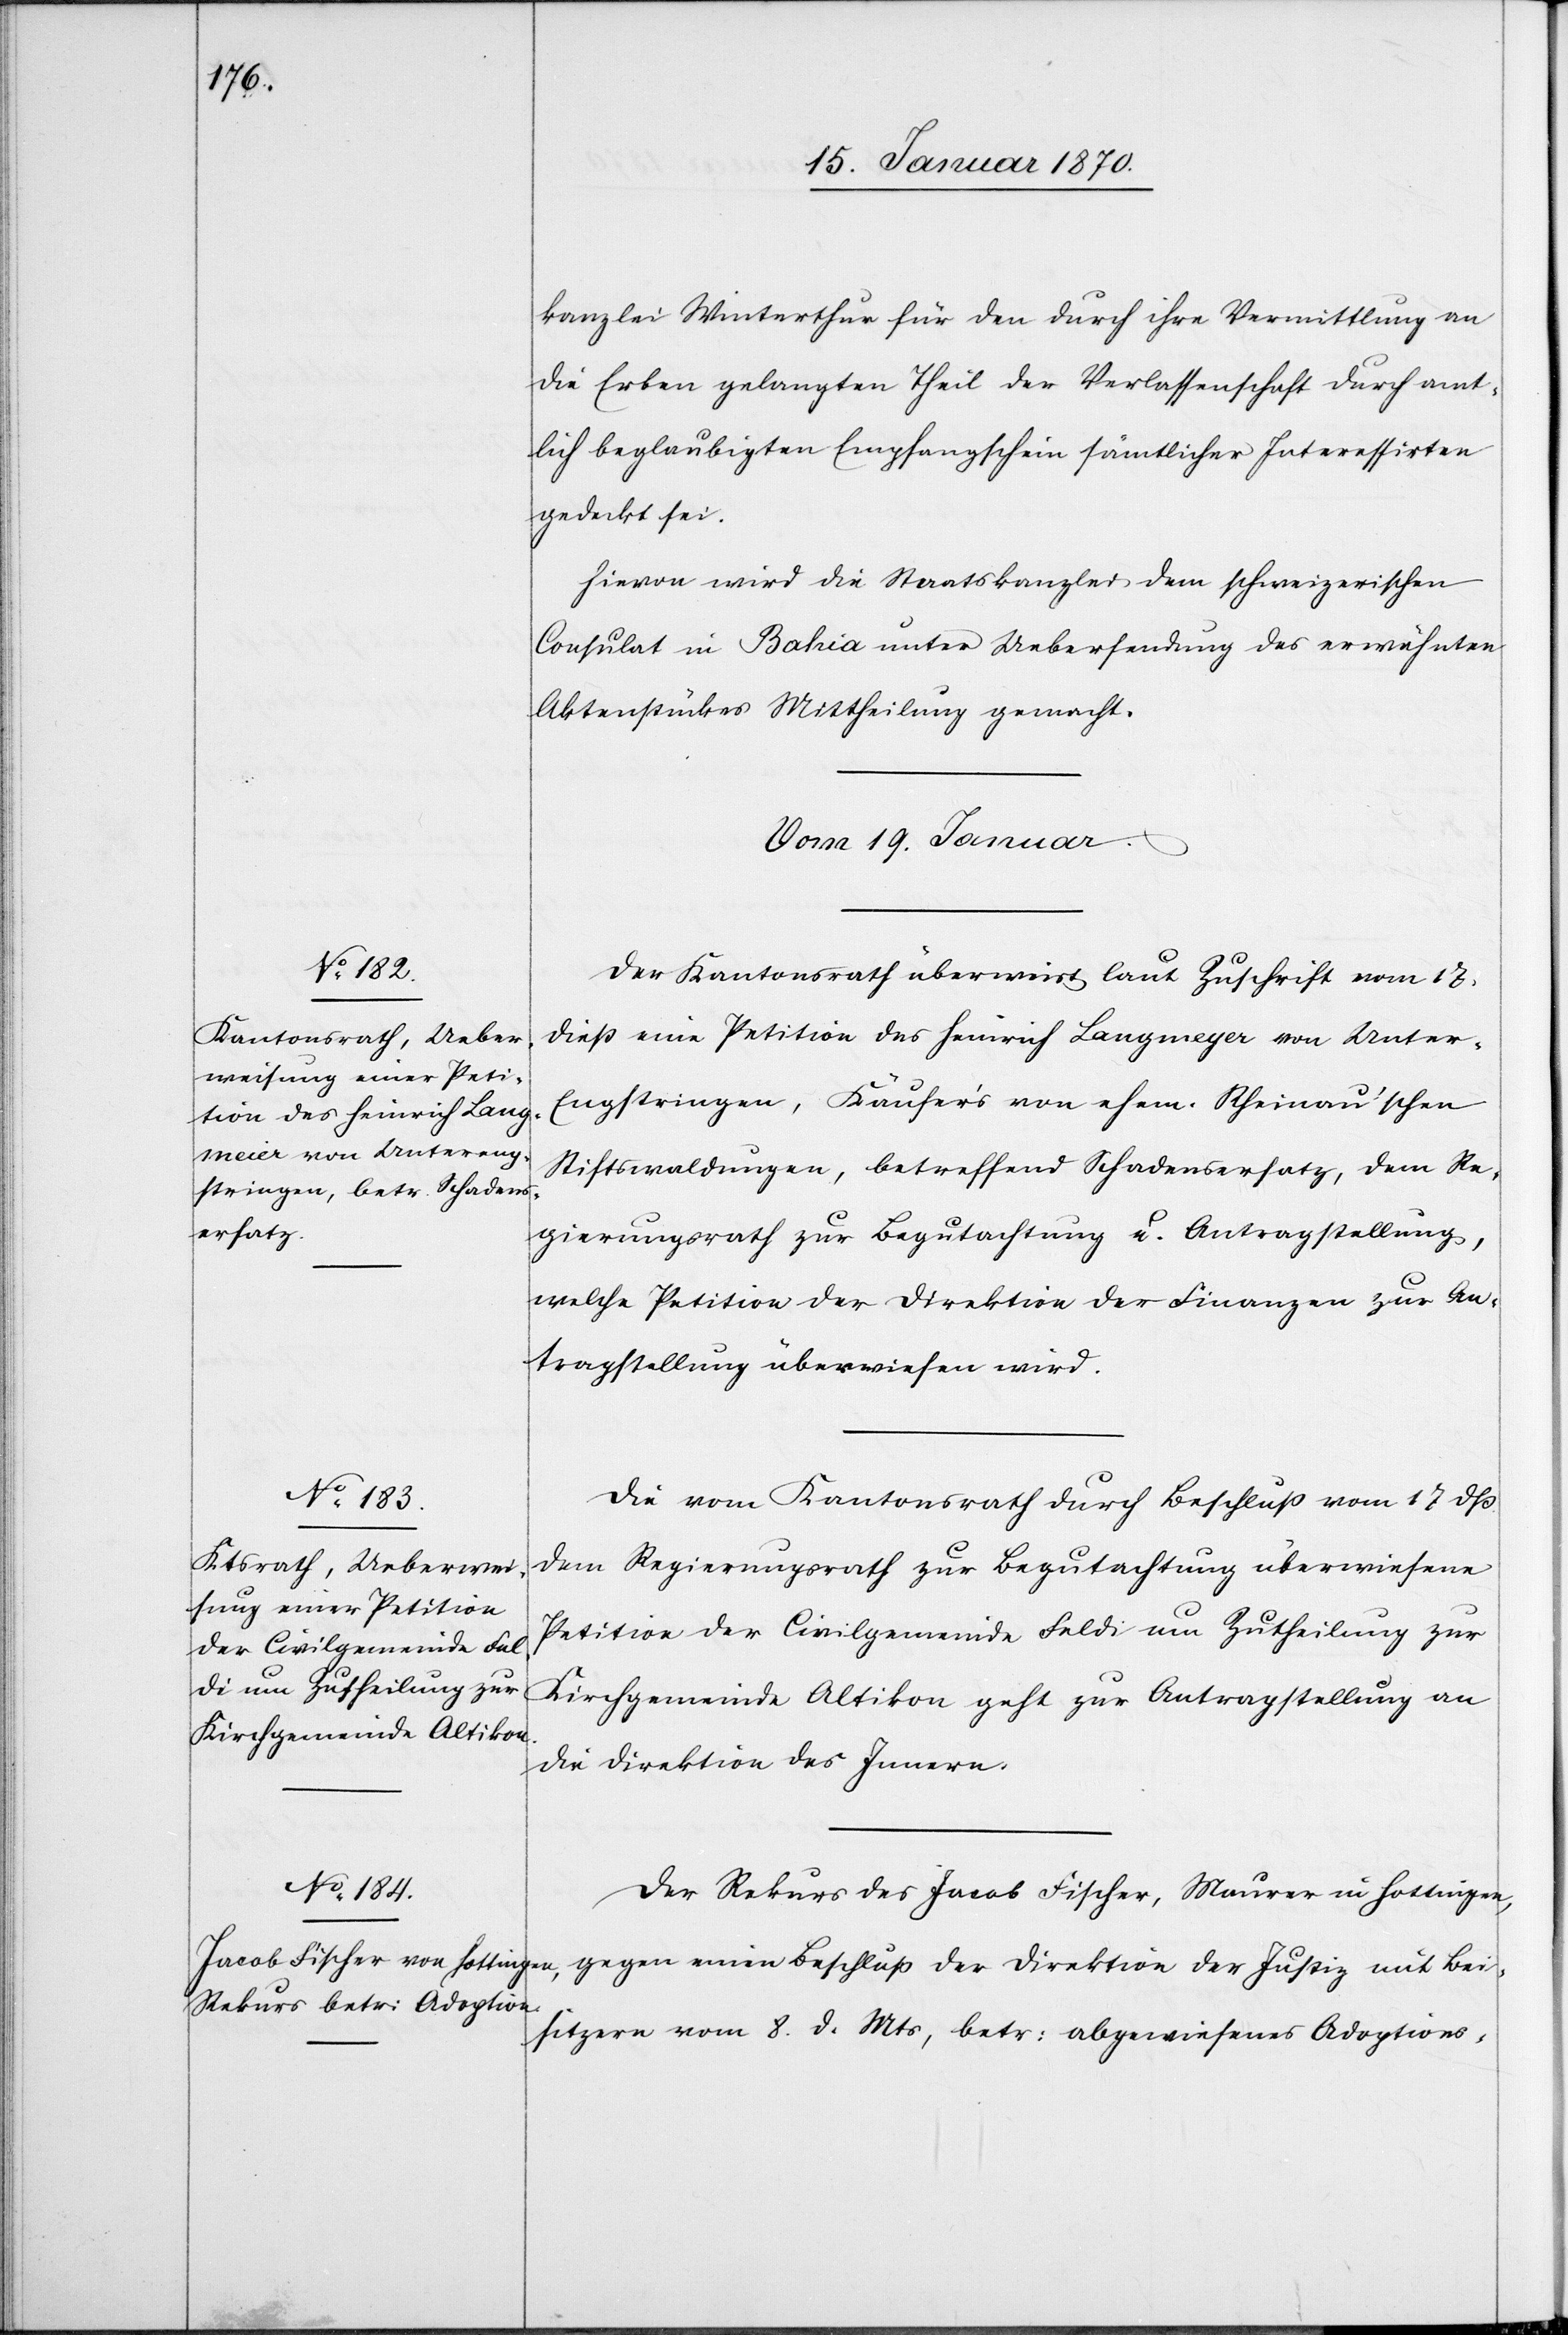
kanzlei Winterthur für den durch ihre Vermittlung an
die Erben gelangten Theil der Verlassenschaft durch amt¬
lich beglaubigten Empfangschein sämtlicher Interessirten
gedeckt sei.
Bei¬
Hievon wird die Staatskanzlei dem schweizerischen
Consulat in Bahia unter Uebersendung des erwähnten
Aktenstückes Mittheilung gemacht.
Vom 19. Januar.]
Der Kantonsrath überweist laut Zuschrift vom 17.
dieß eine Petition des Heinrich Langmeyer [sic!] von Unter-E¬
ngstringen, Käufer’s von ehem. Rheinau’schen
Stiftswaldungen, betreffend Schadensersatz, dem Re¬
gierungsrath zur Begutachtung u. Antragstellung,
welche Petition der Direktion der Finanzen zur An¬
tragstellung überwiesen wird.
Die vom Kantonsrath durch Beschluß vom 17. dss
dem Regierungsrath zur Begutachtung überwiesene
Petition der Civilgemeinde Feldi um Zutheilung zur
Kirchgemeinde Altikon geht zur Antragstellung an
die Direktion des Innern.
Der Rekurs des Jacob Fischer, Maurer in Hottingen,
sitzern vom 8. d. Mts, betr: abgewiesenes Adoptions-